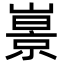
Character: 𡼩